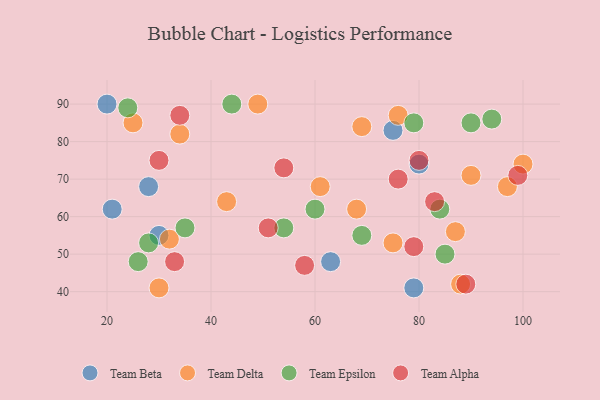
{"axis": {"x": "GDP", "y": "Life Expectancy"}, "legend": ["Team Alpha", "Team Beta", "Team Delta", "Team Epsilon"], "data": [{"x": "20", "y": 90, "type": "Team Beta"}, {"x": "75", "y": 83, "type": "Team Beta"}, {"x": "28", "y": 68, "type": "Team Beta"}, {"x": "21", "y": 62, "type": "Team Beta"}, {"x": "80", "y": 74, "type": "Team Beta"}, {"x": "63", "y": 48, "type": "Team Beta"}, {"x": "30", "y": 55, "type": "Team Beta"}, {"x": "79", "y": 41, "type": "Team Beta"}, {"x": "32", "y": 54, "type": "Team Delta"}, {"x": "69", "y": 84, "type": "Team Delta"}, {"x": "25", "y": 85, "type": "Team Delta"}, {"x": "75", "y": 53, "type": "Team Delta"}, {"x": "88", "y": 42, "type": "Team Delta"}, {"x": "49", "y": 90, "type": "Team Delta"}, {"x": "100", "y": 74, "type": "Team Delta"}, {"x": "87", "y": 56, "type": "Team Delta"}, {"x": "68", "y": 62, "type": "Team Delta"}, {"x": "76", "y": 87, "type": "Team Delta"}, {"x": "34", "y": 82, "type": "Team Delta"}, {"x": "30", "y": 41, "type": "Team Delta"}, {"x": "97", "y": 68, "type": "Team Delta"}, {"x": "90", "y": 71, "type": "Team Delta"}, {"x": "43", "y": 64, "type": "Team Delta"}, {"x": "61", "y": 68, "type": "Team Delta"}, {"x": "60", "y": 62, "type": "Team Epsilon"}, {"x": "44", "y": 90, "type": "Team Epsilon"}, {"x": "79", "y": 85, "type": "Team Epsilon"}, {"x": "54", "y": 57, "type": "Team Epsilon"}, {"x": "84", "y": 62, "type": "Team Epsilon"}, {"x": "85", "y": 50, "type": "Team Epsilon"}, {"x": "28", "y": 53, "type": "Team Epsilon"}, {"x": "69", "y": 55, "type": "Team Epsilon"}, {"x": "90", "y": 85, "type": "Team Epsilon"}, {"x": "26", "y": 48, "type": "Team Epsilon"}, {"x": "24", "y": 89, "type": "Team Epsilon"}, {"x": "94", "y": 86, "type": "Team Epsilon"}, {"x": "35", "y": 57, "type": "Team Epsilon"}, {"x": "76", "y": 70, "type": "Team Alpha"}, {"x": "33", "y": 48, "type": "Team Alpha"}, {"x": "79", "y": 52, "type": "Team Alpha"}, {"x": "51", "y": 57, "type": "Team Alpha"}, {"x": "89", "y": 42, "type": "Team Alpha"}, {"x": "54", "y": 73, "type": "Team Alpha"}, {"x": "34", "y": 87, "type": "Team Alpha"}, {"x": "58", "y": 47, "type": "Team Alpha"}, {"x": "99", "y": 71, "type": "Team Alpha"}, {"x": "83", "y": 64, "type": "Team Alpha"}, {"x": "80", "y": 75, "type": "Team Alpha"}, {"x": "30", "y": 75, "type": "Team Alpha"}]}